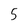
Character: 5